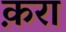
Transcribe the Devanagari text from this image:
क़रा